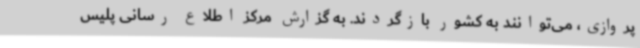
پروازی، می‌توانند به کشور بازگردند. به گزارش مرکز اطلاع رسانی پلیس